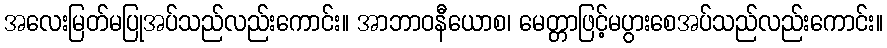
အလေးမြတ်မပြုအပ်သည်လည်းကောင်း။ အာဘာဝနီယောစ၊ မေတ္တာဖြင့်မပွားစေအပ်သည်လည်းကောင်း။